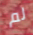
لم